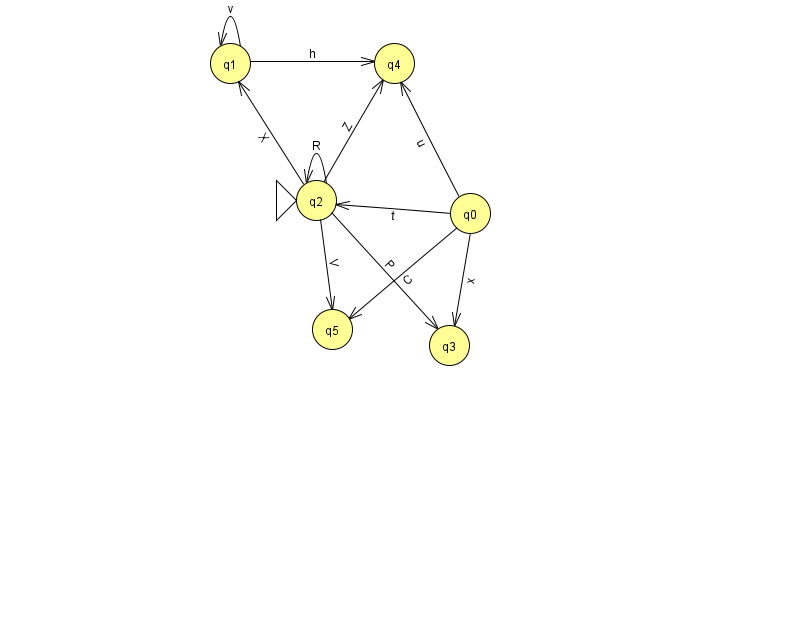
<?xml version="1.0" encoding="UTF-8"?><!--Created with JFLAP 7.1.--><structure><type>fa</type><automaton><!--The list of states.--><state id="0" name="q0"><x>470.0</x><y>200.0</y></state><state id="1" name="q1"><x>230.0</x><y>50.0</y></state><state id="2" name="q2"><x>316.0</x><y>187.0</y><initial/></state><state id="3" name="q3"><x>449.0</x><y>332.0</y></state><state id="4" name="q4"><x>394.0</x><y>50.0</y></state><state id="5" name="q5"><x>332.0</x><y>316.0</y></state><!--The list of transitions.--><transition><from>0</from><to>5</to><read>C</read></transition><transition><from>2</from><to>2</to><read>R</read></transition><transition><from>0</from><to>4</to><read>u</read></transition><transition><from>1</from><to>1</to><read>v</read></transition><transition><from>2</from><to>5</to><read>V</read></transition><transition><from>0</from><to>2</to><read>t</read></transition><transition><from>2</from><to>3</to><read>P</read></transition><transition><from>2</from><to>4</to><read>Z</read></transition><transition><from>2</from><to>1</to><read>X</read></transition><transition><from>1</from><to>4</to><read>h</read></transition><transition><from>0</from><to>3</to><read>x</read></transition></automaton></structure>